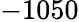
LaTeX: -1050